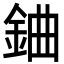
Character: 𨦈